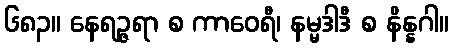
၆၈၃။ နေရဉ္ဇရာ စ ကာဝေရီ၊ နမ္မဒါဒီ စ နိန္နဂါ။